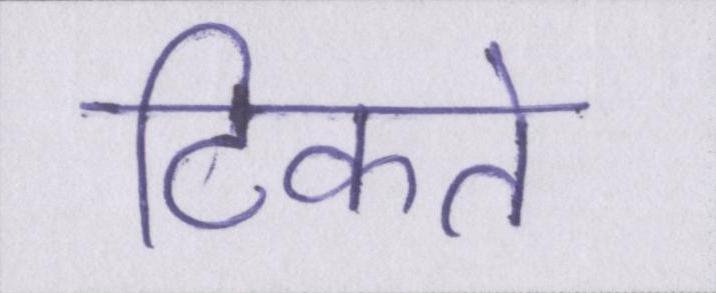
टिकते